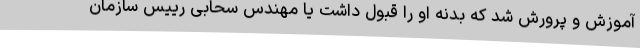
آموزش و پرورش شد که بدنه او را قبول داشت یا مهندس سحابی رییس سازمان